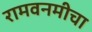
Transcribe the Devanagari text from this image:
रामवनमीचा